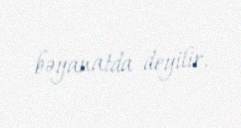
bəyanatda deyilir.